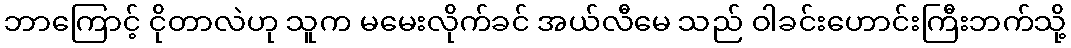
ဘာကြောင့် ငိုတာလဲဟု သူက မမေးလိုက်ခင် အယ်လီမေ သည် ဝါခင်းဟောင်းကြီးဘက်သို့